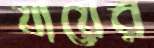
যায়ের